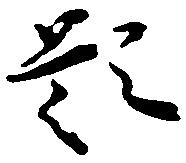
題